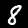
Label: 8